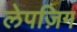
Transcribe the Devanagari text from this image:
लेपज़िग